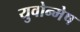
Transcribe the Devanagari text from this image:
युवोन्मेष